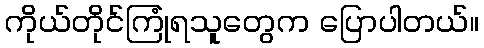
ကိုယ်တိုင်ကြုံရသူတွေက ပြောပါတယ်။